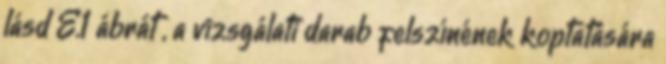
lásd E.1 ábrát , a vizsgálati darab felszínének koptatására